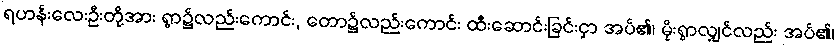
ရဟန်းလေးဦးတို့အား ရွာ၌လည်းကောင်း, တော၌လည်းကောင်း ထီးဆောင်းခြင်းငှာ အပ်၏၊ မိုးရွာလျှင်လည်း အပ်၏၊